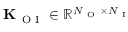
\mathbf { K } _ { \mathrm { ~ O ~ I ~ } } \in \mathbb { R } ^ { N _ { \mathrm { ~ O ~ } } \times N _ { \mathrm { ~ I ~ } } }